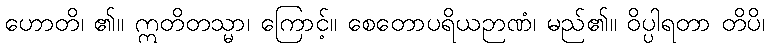
ဟောတိ၊ ၏။ ဣတိတသ္မာ၊ ကြောင့်။ စေတောပရိယဉာဏံ၊ မည်၏။ ဝိပ္ပါရတာ တိပိ၊